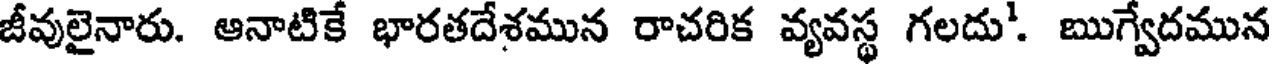
జీవులైనారు. ఆనాటికే భారతదేశమున రాచరిక వ్యవస్థ గలదు'. ఋగ్వేదమున